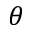
\theta